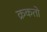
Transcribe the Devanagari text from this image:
क्रकतो